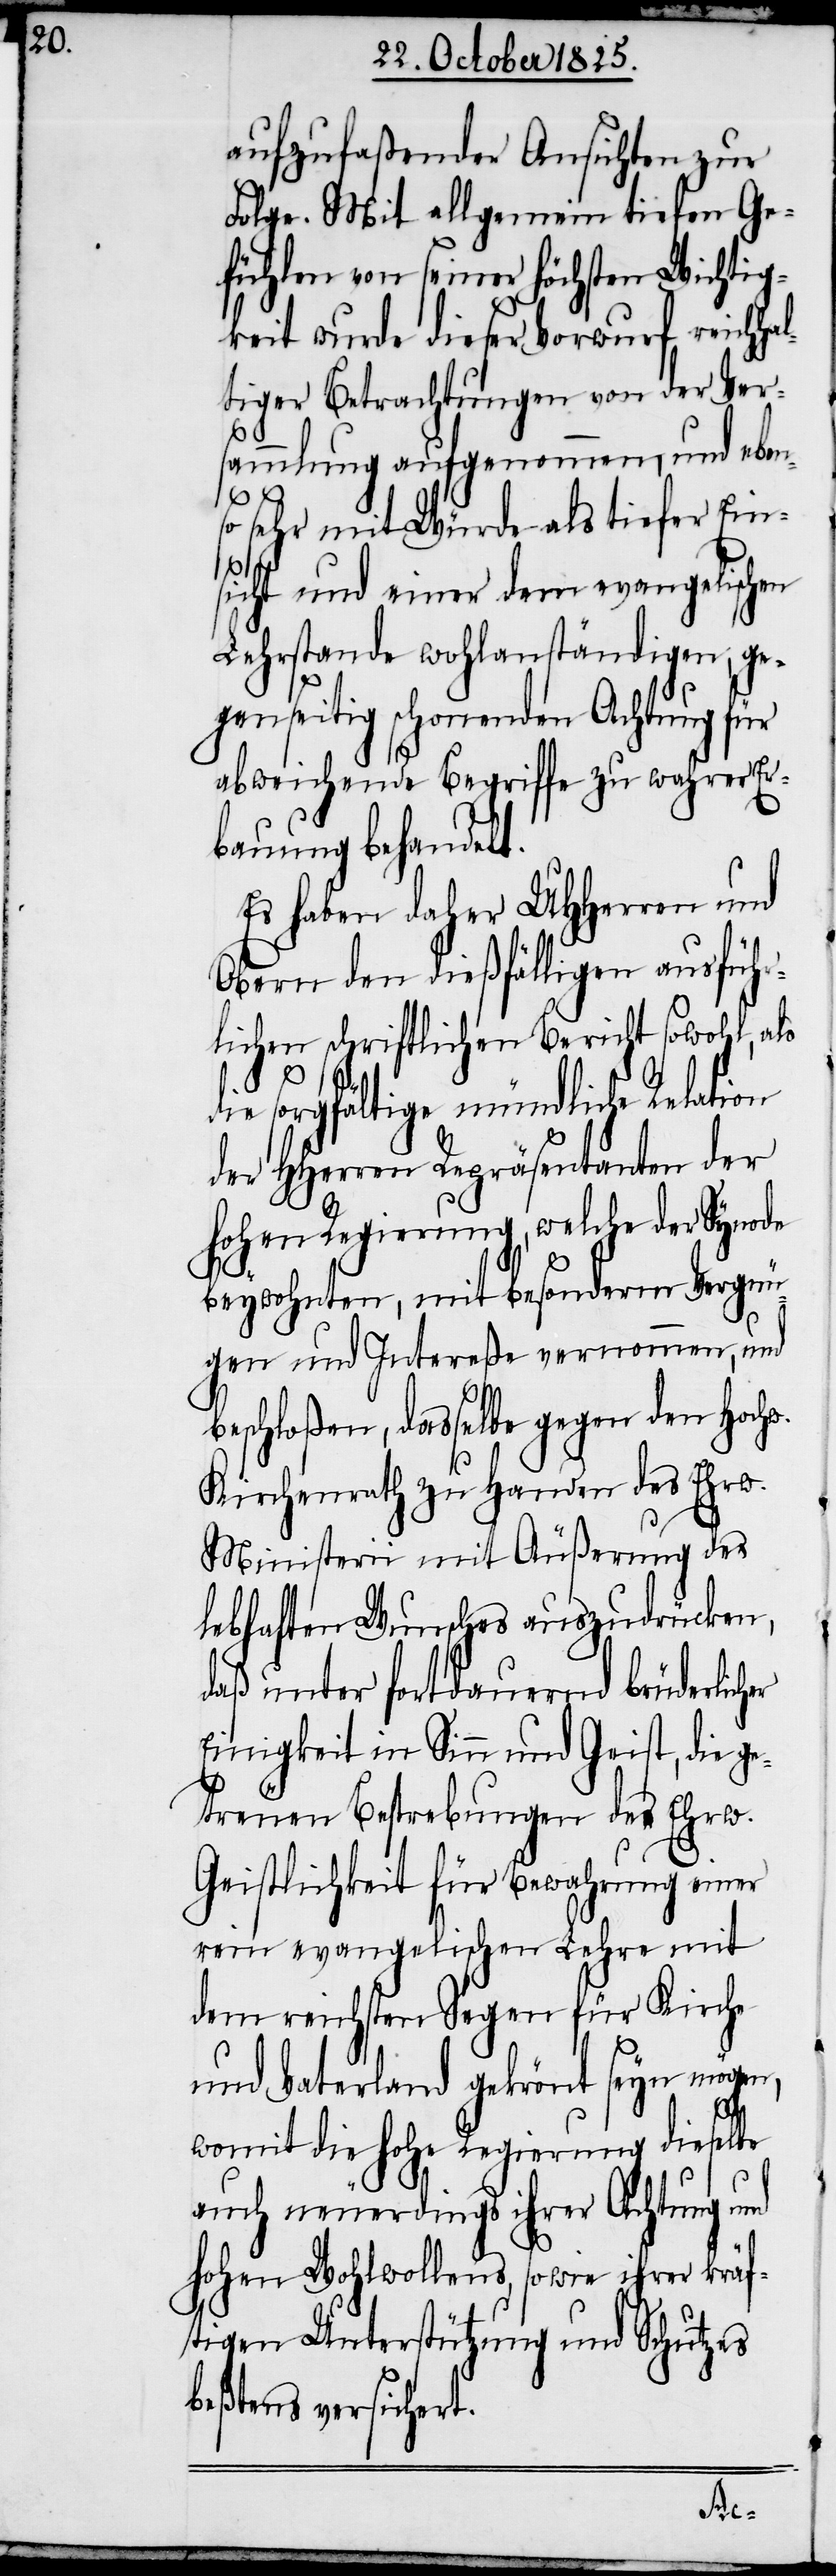
aufzufaßender Ansichten zur
Folge. Mit allgemein tiefen Ge¬
fühlen von seiner höchsten Wichtig¬
keit wurde dieser Vorwurf reich¬
tiger Betrachtungen von der Ver¬
sammlung aufgenommenen, und eben¬
so sehr mit Würde als tiefer Ein¬
w.
sicht und einer dem evangelischen
Lehrstande wohlanständigen, ge¬
genseitig schonenden Achtung für
abweichende Begriffe zu wahrer Er¬
bauung behandelt.
Es haben daher UHHerren und
Obern den dießfälligen ausführ¬
lichen schriftlichen Bericht sowohl, als
die sorgfältige mündliche Relation
der HHerren Repräsentanten der
hohen Regierung, welche der Synode
beywohnten, mit besonderm Vergnü¬
gen und Intereße vernommen, und
eschloßen, dasselbe gegen den Hoch¬
Kirchenrath zu Handen des Ehrw.
Ministerii mit Äußerung des
lebhaften Wunsches auszudrücken,
daß unter fortdauernd brüderlich¬
Einigkeit in Sinn und Geist, die g¬
etreuen Bestrebungen der Ehrw.
Geistlichkeit für Bewahrung einer
rein evangelischen Lehre mit
dem reichsten Segen für Kirche
und Vaterland gekrönt seyn
womit die hohe Regierung dieselbe
auch neuerdings ihrer Achtung und
hohen Wohlwollens, sowie ihrer kräf¬
tigen Unterstützung und Schutzes
beßtens versichert.
er